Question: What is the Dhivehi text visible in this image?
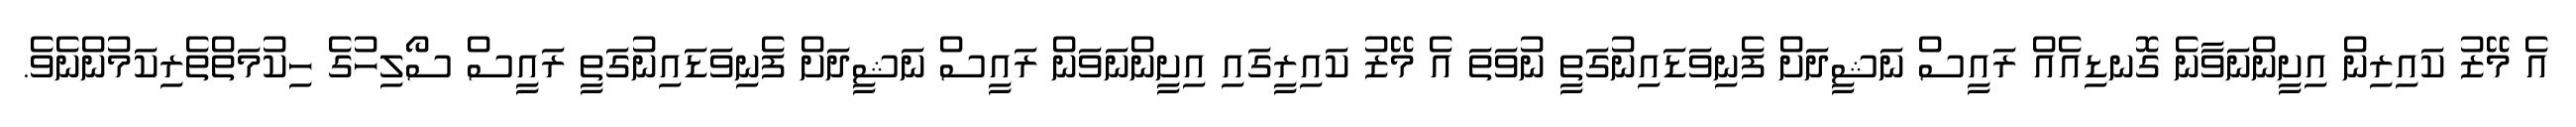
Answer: އެ މޭޒު ކައިރިން އިށީންނަވާނެ ގޮނޑިއެއް ރައީސް ނަޝީދަށް ފެނިވަޑައިނުގަތީ ނުވަތަ އެ މޭޒު ކައިރީގައި އިށީންނަވަން ރައީސް ނަޝީދަށް ފެނިވަޑައިނުގަތީ ރައީސް ސޯލިހުގެ ހިކުމަތްތެރިކަމުންނެވެ.